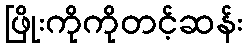
ဖြိုးကိုကိုတင့်ဆန်း